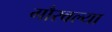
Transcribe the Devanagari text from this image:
गौरवल्या